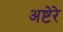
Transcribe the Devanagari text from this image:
अष्टेरे